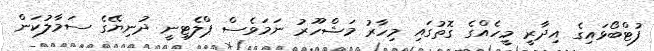
ފުޓްބޯޅައިގެ އިދާރީ މީހެއްގެ ގޮތުގައި މިހާރު މަޝްހޫރު ނަމަވެސް ޕްލެޓިނީ ދުނިޔޭގެ ސަމާލުކަން